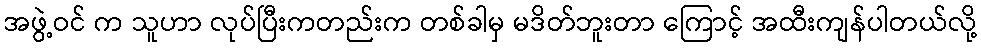
အဖွဲ့ဝင် က သူဟာ လုပ်ပြီးကတည်းက တစ်ခါမှ မဒိတ်ဘူးတာ ကြောင့် အထီးကျန်ပါတယ်လို့